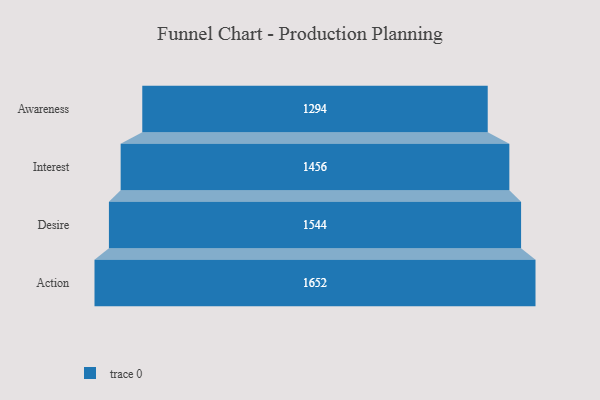
{"axis": {"x": "Stage", "y": "Value"}, "legend": [""], "data": [{"x": "Awareness", "y": 1294.0, "type": ""}, {"x": "Interest", "y": 1456.0, "type": ""}, {"x": "Desire", "y": 1544.0, "type": ""}, {"x": "Action", "y": 1652.0, "type": ""}]}